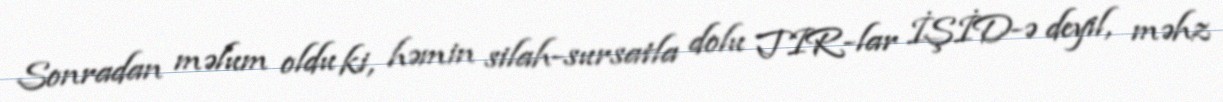
Sonradan məlum oldu ki, həmin silah-sursatla dolu TIR-lar İŞİD-ə deyil, məhz